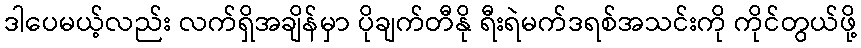
ဒါပေမယ့်လည်း လက်ရှိအချိန်မှာ ပိုချက်တီနို ရီးရဲမက်ဒရစ်အသင်းကို ကိုင်တွယ်ဖို့